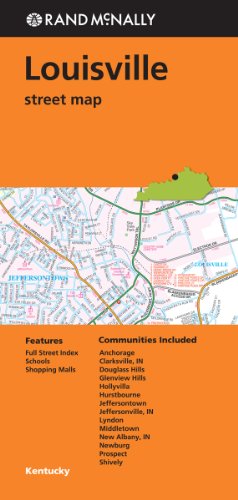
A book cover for Rand Mcnally Folded Map: Louisville Street Map; Rand McNally; Travel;